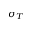
\sigma _ { T }